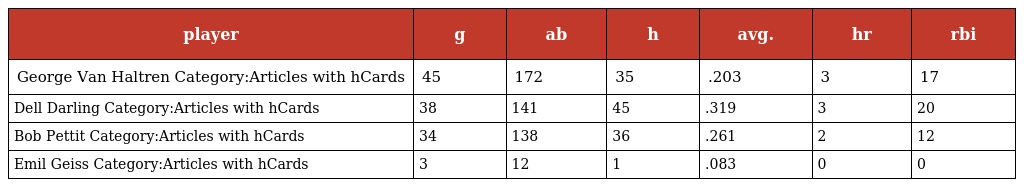
| player | g | ab | h | avg. | hr | rbi |
 | --- | --- | --- | --- | --- | --- | --- |
 | George Van Haltren Category:Articles with hCards | 45 | 172 | 35 | .203 | 3 | 17 |
 | Dell Darling Category:Articles with hCards | 38 | 141 | 45 | .319 | 3 | 20 |
 | Bob Pettit Category:Articles with hCards | 34 | 138 | 36 | .261 | 2 | 12 |
 | Emil Geiss Category:Articles with hCards | 3 | 12 | 1 | .083 | 0 | 0 |